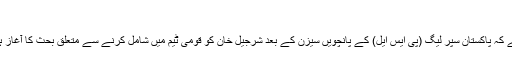
“
واضح رہے کہ پاکستان سپر لیگ (پی ایس ایل) کے پانچویں سیزن کے بعد شرجیل خان کو قومی ٹیم میں شامل کرنے سے متعلق بحث کا آغاز ہو چکا ہے۔